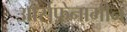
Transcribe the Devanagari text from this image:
आर्सफ़ेनामीन